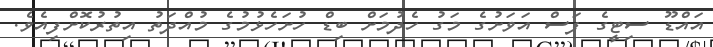
އައްޑޫ ސިޓީގެ ފަސް އަވަށުގެ މަގު ހެދުމަށް ބިޑް ހުށަހެޅުމުގެ މުއްދަތު އިތުރުކޮށްފިއެވެ.